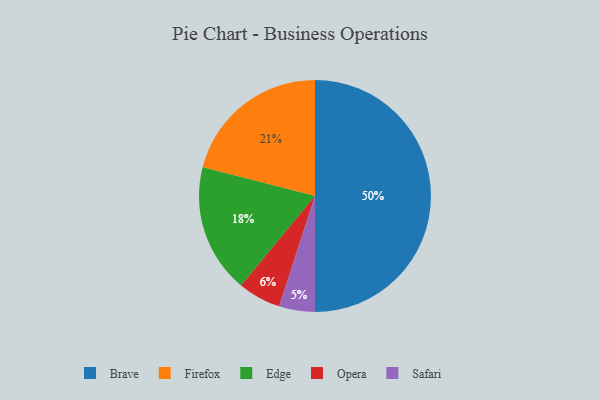
{"axis": {"x": "Category", "y": "Percentage"}, "legend": ["Brave", "Edge", "Firefox", "Opera", "Safari"], "data": [{"x": "Safari", "y": 5, "type": "Safari"}, {"x": "Brave", "y": 50, "type": "Brave"}, {"x": "Firefox", "y": 21, "type": "Firefox"}, {"x": "Edge", "y": 18, "type": "Edge"}, {"x": "Opera", "y": 6, "type": "Opera"}]}